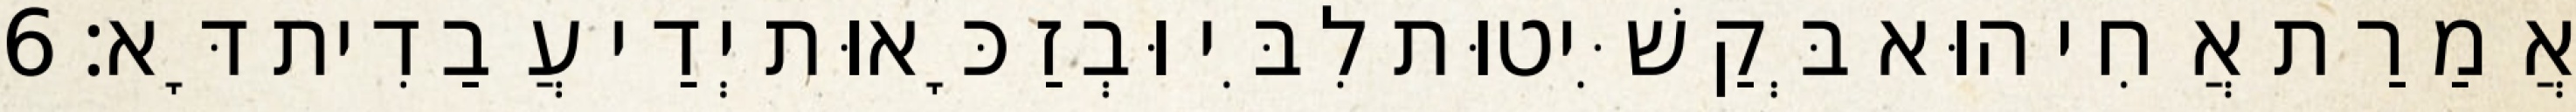
אֲמַרַת אֲחִי הוּא בְּקַשִּׁיטוּת לִבִּי וּבְזַכָּאוּת יְדַי עֲבַדִית דָּא׃ 6